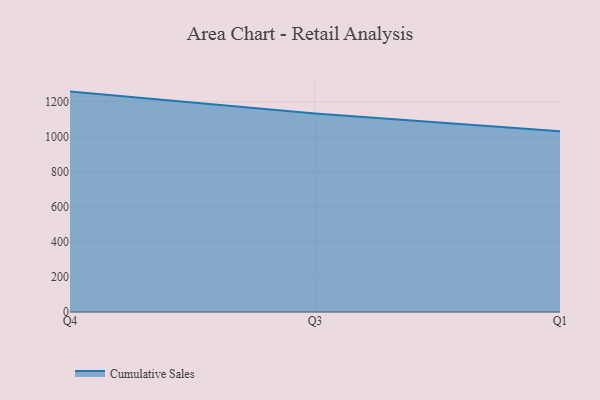
{"axis": {"x": "Quarter", "y": "Humidity (%)"}, "legend": ["Cumulative Sales"], "data": [{"x": "Q4", "y": 1257.6, "type": "Cumulative Sales"}, {"x": "Q3", "y": 1132.1, "type": "Cumulative Sales"}, {"x": "Q1", "y": 1031.9, "type": "Cumulative Sales"}]}